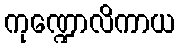
ကုဏ္ဍောလိကာယ